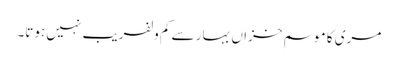
مری کا موسم خزاں بہار سے کم ولفریب نہیں ہوتا۔